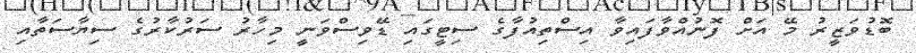
ބޮޑުވަޒީރު މޭ އަށް ފޮނުއްވާފައިވާ އިސްތިއުފާގެ ސިޓީގައި ޑޭވިސްވަނީ މިހާރު ސަރުކާރުގެ ސިޔާސަތާއި